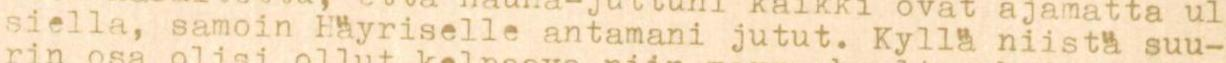
siellä, samoin Häyriselle antamani jutut. Kyllä niistä suu-